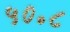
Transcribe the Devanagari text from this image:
५०॰८